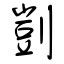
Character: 剴